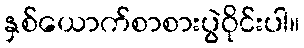
နှစ်ယောက်စာစားပွဲဝိုင်းပါ။